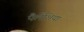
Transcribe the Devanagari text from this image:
पैलेंशिया